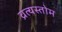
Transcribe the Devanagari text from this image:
व्रत्यस्तोम